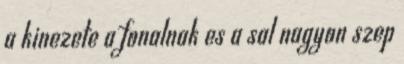
a kinezete a fonalnak es a sal nagyon szep